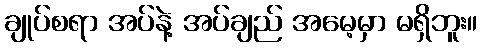
ချုပ်စရာ အပ်နဲ့ အပ်ချည် အမေ့မှာ မရှိဘူး။